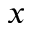
x